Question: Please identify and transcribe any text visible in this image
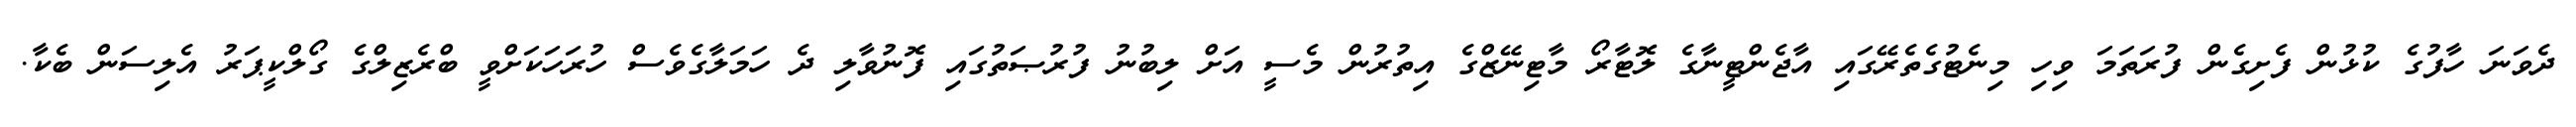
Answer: ދެވަނަ ހާފުގެ ކުޅުން ފެށިގެން ފުރަތަމަ ވިހި މިނެޓުގެތެރޭގައި އާޖެންޓީނާގެ ލޮޓާރޯ މާޓިނޭޒްގެ އިތުރުން މެސީ އަށް ލިބުނު ފުރުޞަތުގައި ފޮނުވާލި ދެ ހަމަލާގެވެސް ހުރަހަކަށްވީ ބްރެޒިލްގެ ގޯލްކީޕަރު އެލިސަން ބެކާ.